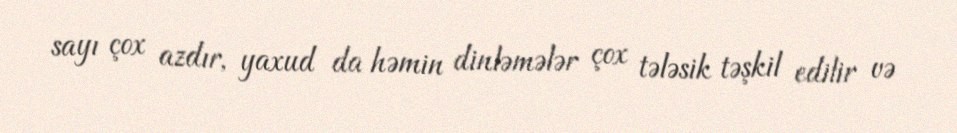
sayı çox azdır, yaxud da həmin dinləmələr çox tələsik təşkil edilir və